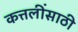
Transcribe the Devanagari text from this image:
कत्तलींसाठी